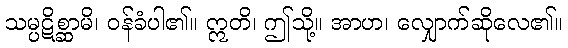
သမ္ပဋိစ္ဆာမိ၊ ဝန်ခံပါ၏။ ဣတိ၊ ဤသို့။ အာဟ၊ လျှောက်ဆိုလေ၏။